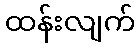
ထန်းလျက်